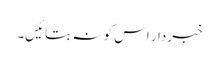
خبردار اس کو نہ بتائیں۔